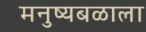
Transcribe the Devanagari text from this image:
मनुष्यबळाला